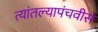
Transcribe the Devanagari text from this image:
त्यांतल्यापंचवीस